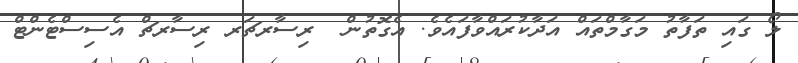
ލޯ ގައި ތަފާތު މަގާމްތައް އަދާކުރައްވާފައެވެ. އެގޮތުން  ރިސާރޗަރ ރިސާރޗް އެސިސްޓެންޓް